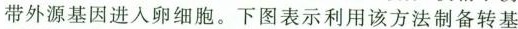
带外源基因进入卵细胞。下图表示利用该方法制备转基